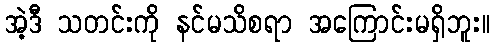
အဲ့ဒီ သတင်းကို နင်မသိစရာ အကြောင်းမရှိဘူး။